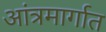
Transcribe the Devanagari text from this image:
आंत्रमार्गात